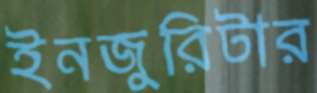
ইনজুরিটার